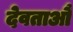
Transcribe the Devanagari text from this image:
देवताऔं